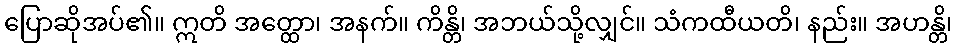
ပြောဆိုအပ်၏။ ဣတိ အတ္ထော၊ အနက်။ ကိန္တိ၊ အဘယ်သို့လျှင်။ သံကထီယတိ၊ နည်း။ အဟန္တိ၊